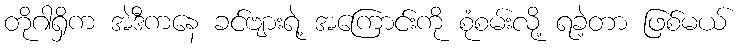
တိုဂါရှိက အဲဒီကနေ ခင်ဗျားရဲ့ အကြောင်းကို စုံစမ်းလို့ ရခဲ့တာ ဖြစ်မယ်